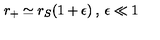
r _ { + } \simeq r _ { S } ( 1 + \epsilon ) \: , \: \epsilon \ll 1